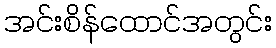
အင်းစိန်ထောင်အတွင်း